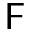
\textsf { F }